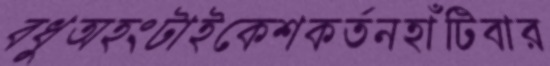
বধুঅহংটাইকেশকর্তনহাঁটিবার